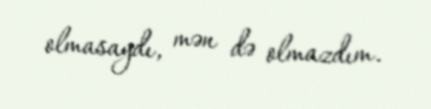
olmasaydı, mən də olmazdım.